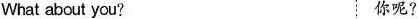
What about you? 你呢?